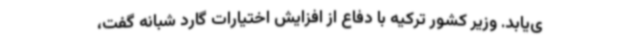
ی‌یابد. وزیر کشور ترکیه با دفاع از افزایش اختیارات گارد شبانه گفت،